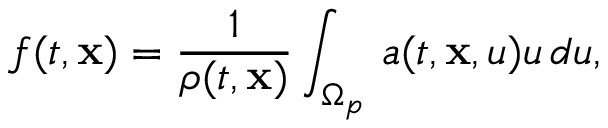
f ( t , \mathbf { x } ) = \frac { 1 } { \rho ( t , \mathbf { x } ) } \int _ { \Omega _ { p } } \, a ( t , \mathbf { x } , u ) u \, d u ,